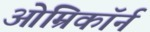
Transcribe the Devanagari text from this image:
ओम्रिकॉर्न